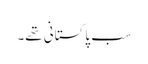
سب پاکستانی تھے۔